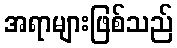
အရာများဖြစ်သည်